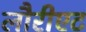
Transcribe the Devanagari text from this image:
लौरीएट